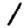
Digit: 1